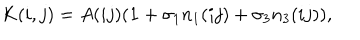
LaTeX: K ( i , j ) = A ( i j ) ( { \bf 1 } + \sigma _ { 1 } n _ { 1 } ( i j ) + \sigma _ { 3 } n _ { 3 } ( i j ) ) ,